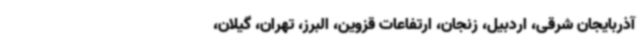
آذربایجان شرقی، اردبیل، زنجان، ارتفاعات قزوین، البرز، تهران، گیلان،